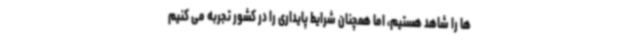
ها را شاهد هستیم، اما همچنان شرایط پایداری را در کشور تجربه می کنیم